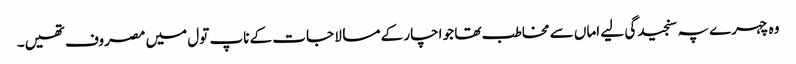
وہ چہرے پہ سنجیدگی لیے اماں سے مخاطب تھا جو اچار کے مسالا جات کے ناپ تول میں مصروف تھیں۔